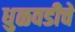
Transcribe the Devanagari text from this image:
धुळवडीचे